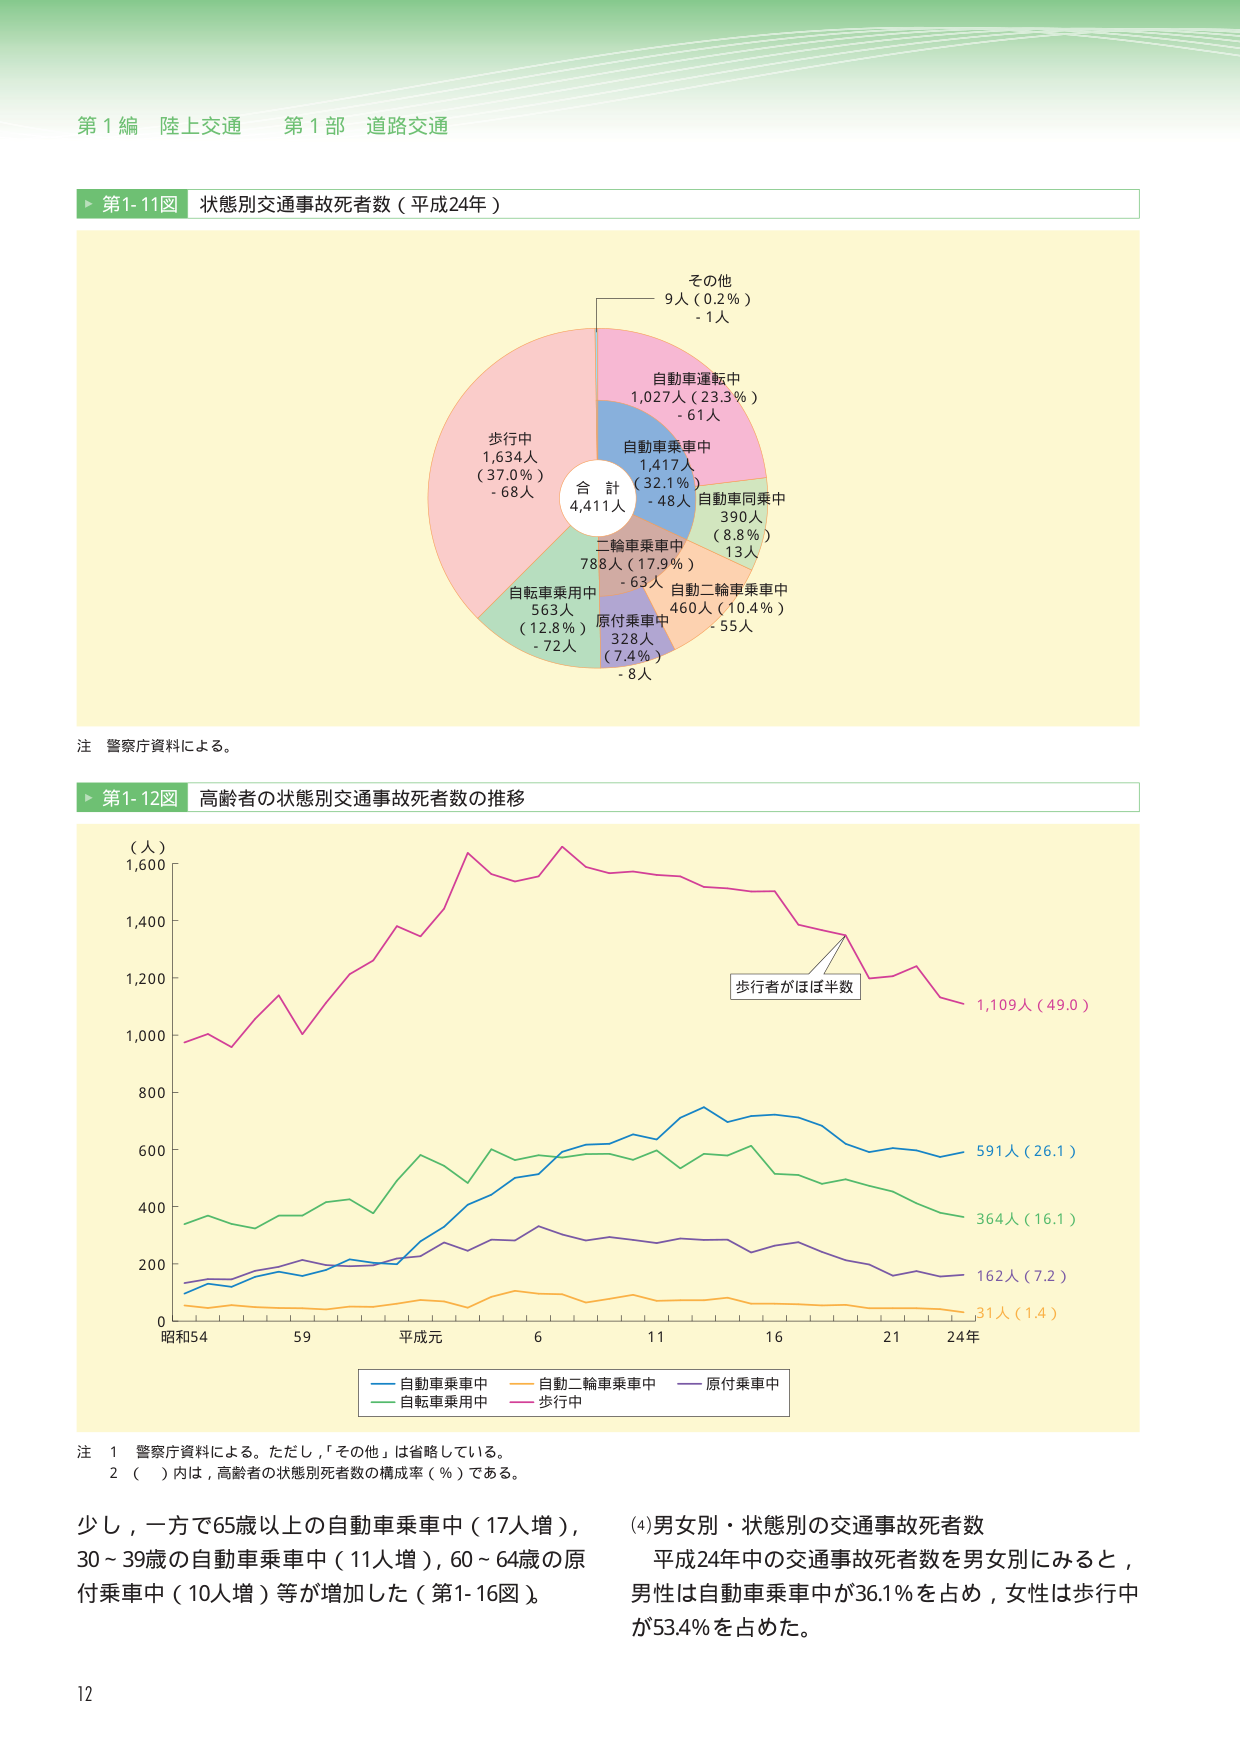
第１編 陸上交通 第１部 道路交通

▶ 第1-11図 状態別交通事故死者数（平成24年）

合計 4,411人

歩行中 1,634人（37.0％） - 68人
自転車乗用中 563人（12.8％） - 72人
二輪車乗車中 788人（17.9％） - 63人
原付乗車中 328人（7.4％） - 8人
自動二輪車乗車中 460人（10.4％） - 55人
自動車乗車中 1,417人（32.1％） - 48人
自動車運転中 1,027人（23.3％） - 61人
自動車同乗中 390人（8.8％） - 13人
その他 9人（0.2％） - 1人

注 警察庁資料による。

▶ 第1-12図 高齢者の状態別交通事故死者数の推移

（人）
1,600
1,400
1,200
1,000
800
600
400
200
0

昭和54 59 平成元 6 11 16 21 24年

歩行者がほぼ半数
1,109人（49.0）
591人（26.1）
364人（16.1）
162人（7.2）
31人（1.4）

凡例：
―― 自動車乗車中
―― 自動二輪車乗車中
―― 原付乗車中
―― 自転車乗用中
―― 歩行中

注 1 警察庁資料による。ただし、「その他」は省略している。
　2 （　）内は、高齢者の状態別死者数の構成率（％）である。

少し、一方で65歳以上の自動車乗車中（17人増）、
30～39歳の自動車乗車中（11人増）、60～64歳の原
付乗車中（10人増）等が増加した（第1-16図）。

(4)男女別・状態別の交通事故死者数
平成24年中の交通事故死者数を男女別にみると、
男性は自動車乗車中が36.1％を占め、女性は歩行中
が53.4％を占めた。

12